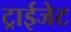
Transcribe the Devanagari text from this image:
ट्राईजेट